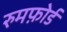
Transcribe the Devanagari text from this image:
रुमफ़ोर्ड